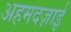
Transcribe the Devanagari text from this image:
अहमदज़ाई